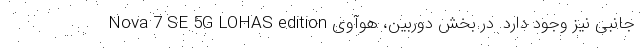
جانبی نیز وجود دارد. در بخش دوربین، هوآوی Nova 7 SE 5G LOHAS edition